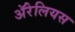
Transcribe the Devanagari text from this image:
ॲरेलियस